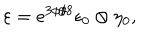
{ \varepsilon = e ^ { 3 \phi / 8 } \epsilon _ { 0 } \otimes \eta _ { 0 } , }